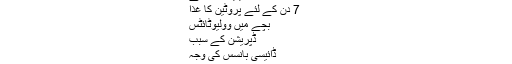
برطانیہ میں چھٹیوں
شائفورینیا وارث ہے
7 دن کے لئے پروٹین کا غذا
بچے میں وولیوٹائٹس
ڈپریشن کے سبب
ڈائیسی بانسس کی وجہ
تندور میں آستین میں میمو
لکڑی کی سیڑھی کیسے بنانا ہے؟